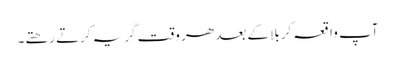
آپ واقعہ کربلا کے بعد ھر وقت گریہ کرتے رھتے۔